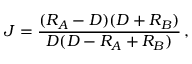
J = { \frac { ( R _ { A } - D ) ( D + R _ { B } ) } { D ( D - R _ { A } + R _ { B } ) } } \, ,